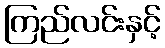
ကြည်လင်းနှင့်